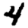
Digit: 4